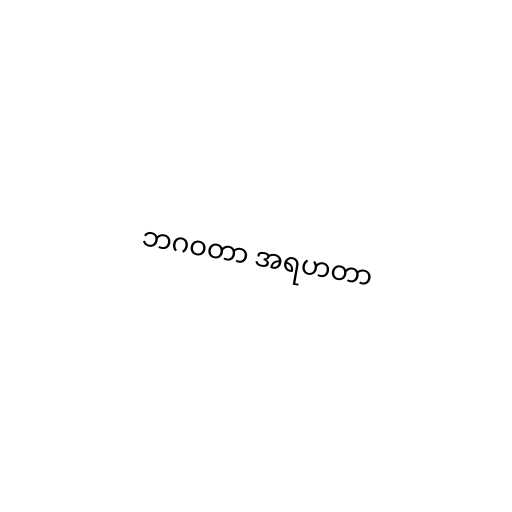
ဘဂဝတာ အရဟတာ